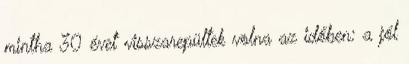
mintha 30 évet visszarepültek volna az időben: a jól